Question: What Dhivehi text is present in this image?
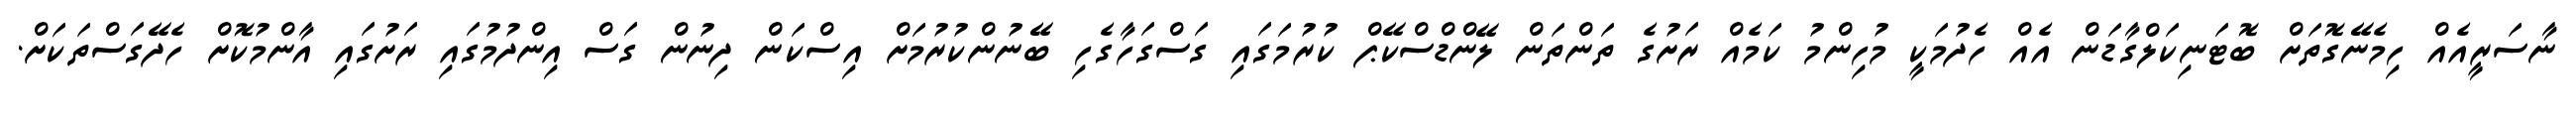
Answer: ނާސަރީއެއް ހިމެނޭގޮތަށް ބޮޓަނިކަލްގާޑަން އެއް ހެދުމަކީ މުހިންމު ކަމެއް ރަށުގެ ތަންތަން ލޭންޑްސްކޭޕް ކުރުމަގައި ގަސްގަހާގެހި ބޭނުންކުރުމަށް އިސްކަން ދިނުން ގަސް އިންދުމުގައި ރަށުގައި އާންމުކޮށް ހެދޭގަސްތަކަށް.